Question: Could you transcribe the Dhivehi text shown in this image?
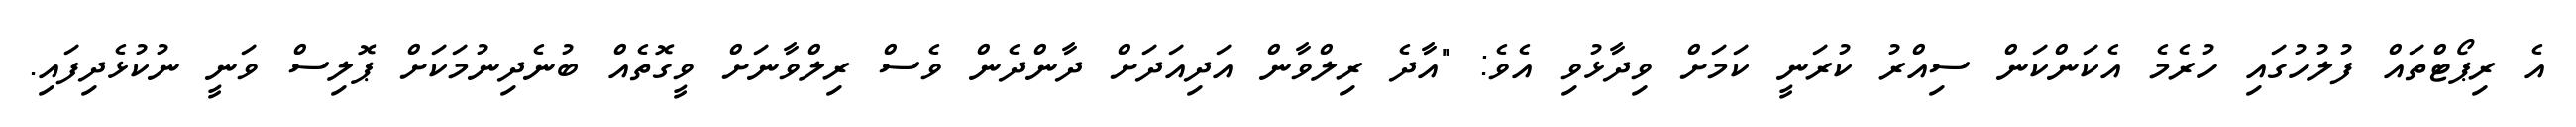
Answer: އެ ރިޕޯޓްތައް ފުލުހުގައި ހުރެމެ އެކަންކަން ސިއްރު ކުރަނީ ކަމަށް ވިދާޅުވި އެވެ: "އާދެ ރިލްވާން އަދިއަދަށް ދާންދެން ވެސް ރިލްވާނަށް ވީގޮތެއް ބުނެދިނުމަކަށް ޕޮލިސް ވަނީ ނުކުޅެދިފައި.